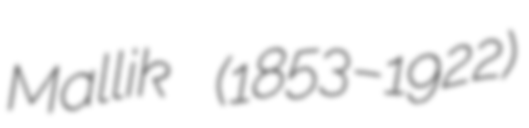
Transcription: Mallik (1853–1922)